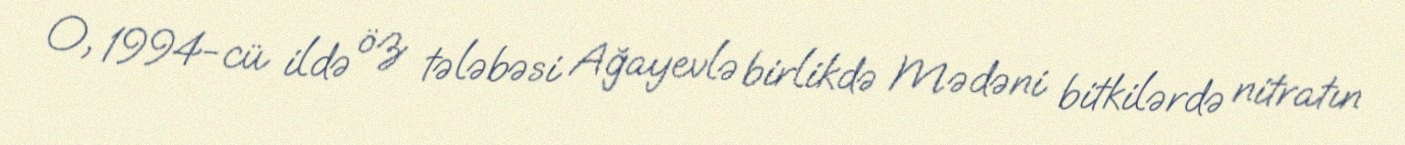
O, 1994-cü ildə öz tələbəsi Ağayevlə birlikdə Mədəni bitkilərdə nitratın